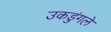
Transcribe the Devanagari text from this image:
उकडुंगले